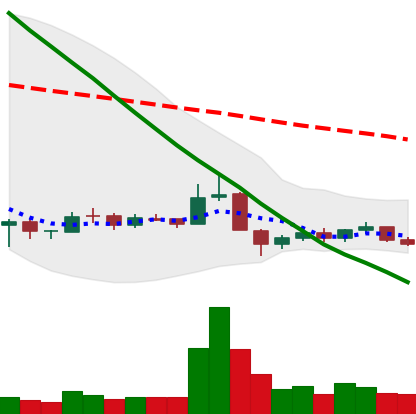
Ticker: BNB-USD
Chart end date: 2018-12-14
Forward return: 21.144%
Label: up_7plus